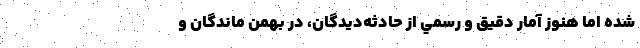
شده اما هنوز آمار دقيق و رسمي از حادثه‌ديدگان، در بهمن ماندگان و